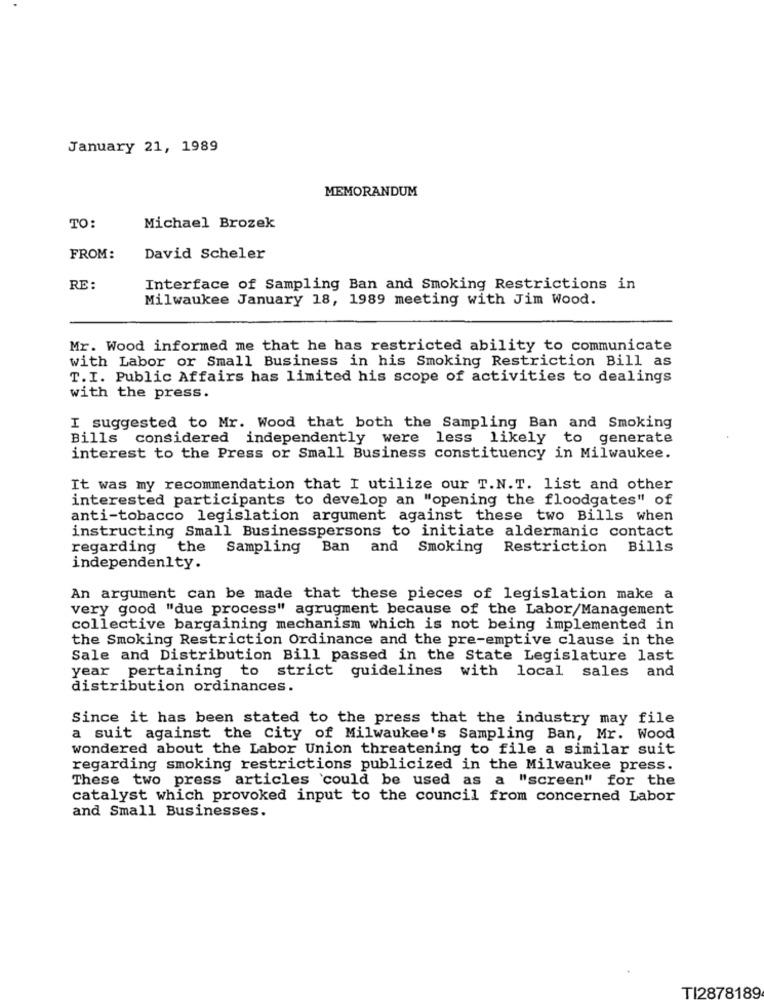
January 21, 1989
MEMORANDUM
TO:
Michael Brozek
FROM:
David Scheler
RE :
Interface of Sampling Ban and Smoking Restrictions in
Milwaukee January 18, 1989 meeting with Jim Wood.
Mr. Wood informed me that he has restricted ability to communicate
with Labor or Small Business in his Smoking Restriction Bill as
T.I. Public Affairs has limited his scope of activities to dealings
with the press.
I suggested to Mr. Wood that both the Sampling Ban and Smoking
Bills considered independently were less likely
to generate
interest to the Press or Small Business constituency in Milwaukee.
It was my recommendation that I utilize our T.N.T. list and other
interested participants to develop an "opening the floodgates" of
anti-tobacco legislation argument against these two Bills when
instructing Small Businesspersons to initiate aldermanic contact
regarding the
Sampling
Ban
and
Smoking
Restriction Bills
independenlty.
An argument can be made that these pieces of legislation make a
very good "due process" agrugment because of the Labor/Management
collective bargaining mechanism which is not being implemented in
the Smoking Restriction Ordinance and the pre-emptive clause in the
Sale and Distribution Bill passed in the State Legislature last
year pertaining to strict guidelines with local
sales and
distribution ordinances.
Since it has been stated to the press that the industry may file
a suit against the City of Milwaukee's Sampling Ban, Mr. Wood
wondered about the Labor Union threatening to file a similar suit
regarding smoking restrictions publicized in the Milwaukee press.
These two press articles could be used as a "screen" for the
catalyst which provoked input to the council from concerned Labor
and Small Businesses.
TI2878189